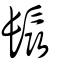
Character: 𩬰